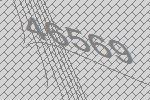
46569